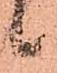
候